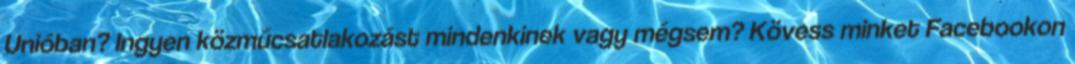
Unióban? Ingyen közműcsatlakozást mindenkinek vagy mégsem? Kövess minket Facebookon